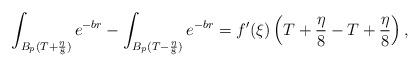
LaTeX: \begin{align*}\int_{B_p(T+\frac{\eta}{8})}e^{-br}-\int_{B_p(T-\frac{\eta}{8})}e^{-br}=f'(\xi)\left(T+\frac{\eta}{8}-T+\frac{\eta}{8}\right),\end{align*}